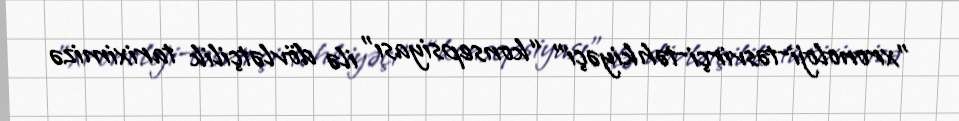
"xronoloji-təsvirçi-təhkiyəçi" “konsepsiyası” ilə dövlətçilik tariximizə